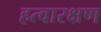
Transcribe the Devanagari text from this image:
हत्वारक्षण